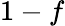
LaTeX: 1-f